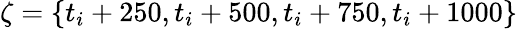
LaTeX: \zeta=\{ t_{i}+250,t_{i}+500,t_{i}+750,t_{i}+1000\}